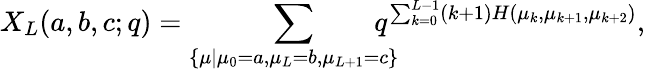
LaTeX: X_{L}(a,b,c;q)=\displaystyle\sum_{\begin{array}{c}{{\{ \scriptstyle\mu|{\mu_{0}=a,\mu_{L}=b,\mu_{L+1}=c}\} }}\end{array}}\! \! \! \! \! \! q^{\sum_{k=0}^{L-1}(k+1)H(\mu_{k},\mu_{k+1},\mu_{k+2})},